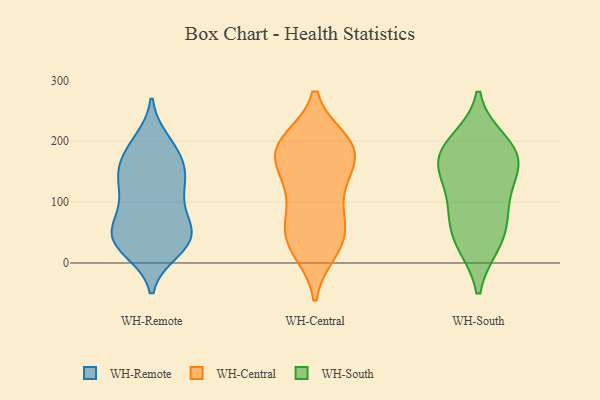
{"axis": {"x": "Satisfaction Score", "y": "Value"}, "legend": ["WH-Central", "WH-Remote", "WH-South"], "data": [{"x": "", "y": 30, "type": "WH-Remote"}, {"x": "", "y": 193, "type": "WH-Remote"}, {"x": "", "y": 63, "type": "WH-Remote"}, {"x": "", "y": 35, "type": "WH-Remote"}, {"x": "", "y": 128, "type": "WH-Remote"}, {"x": "", "y": 94, "type": "WH-Remote"}, {"x": "", "y": 199, "type": "WH-Remote"}, {"x": "", "y": 134, "type": "WH-Remote"}, {"x": "", "y": 151, "type": "WH-Remote"}, {"x": "", "y": 134, "type": "WH-Remote"}, {"x": "", "y": 32, "type": "WH-Remote"}, {"x": "", "y": 146, "type": "WH-Remote"}, {"x": "", "y": 93, "type": "WH-Remote"}, {"x": "", "y": 172, "type": "WH-Remote"}, {"x": "", "y": 49, "type": "WH-Remote"}, {"x": "", "y": 66, "type": "WH-Remote"}, {"x": "", "y": 21, "type": "WH-Remote"}, {"x": "", "y": 46, "type": "WH-Remote"}, {"x": "", "y": 179, "type": "WH-Remote"}, {"x": "", "y": 36, "type": "WH-Remote"}, {"x": "", "y": 51, "type": "WH-Central"}, {"x": "", "y": 140, "type": "WH-Central"}, {"x": "", "y": 188, "type": "WH-Central"}, {"x": "", "y": 187, "type": "WH-Central"}, {"x": "", "y": 190, "type": "WH-Central"}, {"x": "", "y": 134, "type": "WH-Central"}, {"x": "", "y": 64, "type": "WH-Central"}, {"x": "", "y": 131, "type": "WH-Central"}, {"x": "", "y": 199, "type": "WH-Central"}, {"x": "", "y": 181, "type": "WH-Central"}, {"x": "", "y": 93, "type": "WH-Central"}, {"x": "", "y": 179, "type": "WH-Central"}, {"x": "", "y": 20, "type": "WH-Central"}, {"x": "", "y": 20, "type": "WH-Central"}, {"x": "", "y": 200, "type": "WH-Central"}, {"x": "", "y": 56, "type": "WH-Central"}, {"x": "", "y": 41, "type": "WH-Central"}, {"x": "", "y": 172, "type": "WH-South"}, {"x": "", "y": 156, "type": "WH-South"}, {"x": "", "y": 33, "type": "WH-South"}, {"x": "", "y": 198, "type": "WH-South"}, {"x": "", "y": 79, "type": "WH-South"}, {"x": "", "y": 187, "type": "WH-South"}, {"x": "", "y": 126, "type": "WH-South"}, {"x": "", "y": 34, "type": "WH-South"}, {"x": "", "y": 166, "type": "WH-South"}, {"x": "", "y": 82, "type": "WH-South"}]}